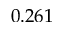
0 . 2 6 1